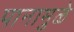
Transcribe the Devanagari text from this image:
पानामुळे